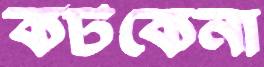
কটকেনা